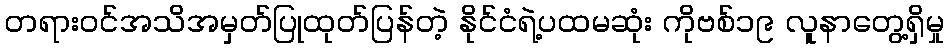
တရားဝင်အသိအမှတ်ပြုထုတ်ပြန်တဲ့ နိုင်ငံရဲ့ပထမဆုံး ကိုဗစ်၁၉ လူနာတွေ့ရှိမှု